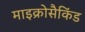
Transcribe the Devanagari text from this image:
माइक्रोसैकिंड